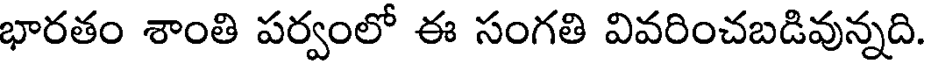
భారతం శాంతి పర్వంలో ఈ సంగతి వివరించబడివున్నది.